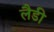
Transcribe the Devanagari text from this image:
लैडी